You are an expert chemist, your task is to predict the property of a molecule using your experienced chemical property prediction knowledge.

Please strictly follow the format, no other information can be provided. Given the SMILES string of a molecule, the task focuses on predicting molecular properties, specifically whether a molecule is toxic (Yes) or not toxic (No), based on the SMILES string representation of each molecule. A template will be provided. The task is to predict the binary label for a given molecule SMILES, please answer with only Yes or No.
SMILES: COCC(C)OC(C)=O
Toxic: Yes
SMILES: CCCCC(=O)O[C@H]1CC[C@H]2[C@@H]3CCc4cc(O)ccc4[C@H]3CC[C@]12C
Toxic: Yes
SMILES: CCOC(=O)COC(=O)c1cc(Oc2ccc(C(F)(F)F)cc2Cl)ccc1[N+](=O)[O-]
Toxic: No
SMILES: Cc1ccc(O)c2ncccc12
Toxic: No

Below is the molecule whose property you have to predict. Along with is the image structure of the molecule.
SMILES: CN1C2CCC1CC(OC(c1ccccc1)c1ccc(Cl)cc1)C2
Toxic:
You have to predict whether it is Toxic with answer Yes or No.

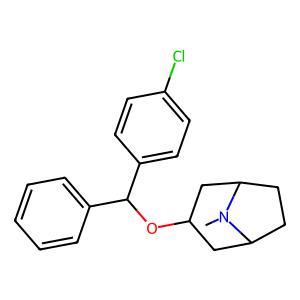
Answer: No